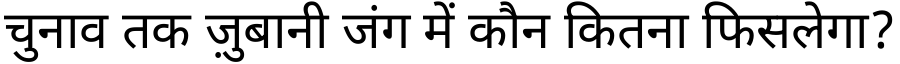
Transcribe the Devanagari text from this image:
चुनाव तक ज़ुबानी जंग में कौन कितना फिसलेगा?